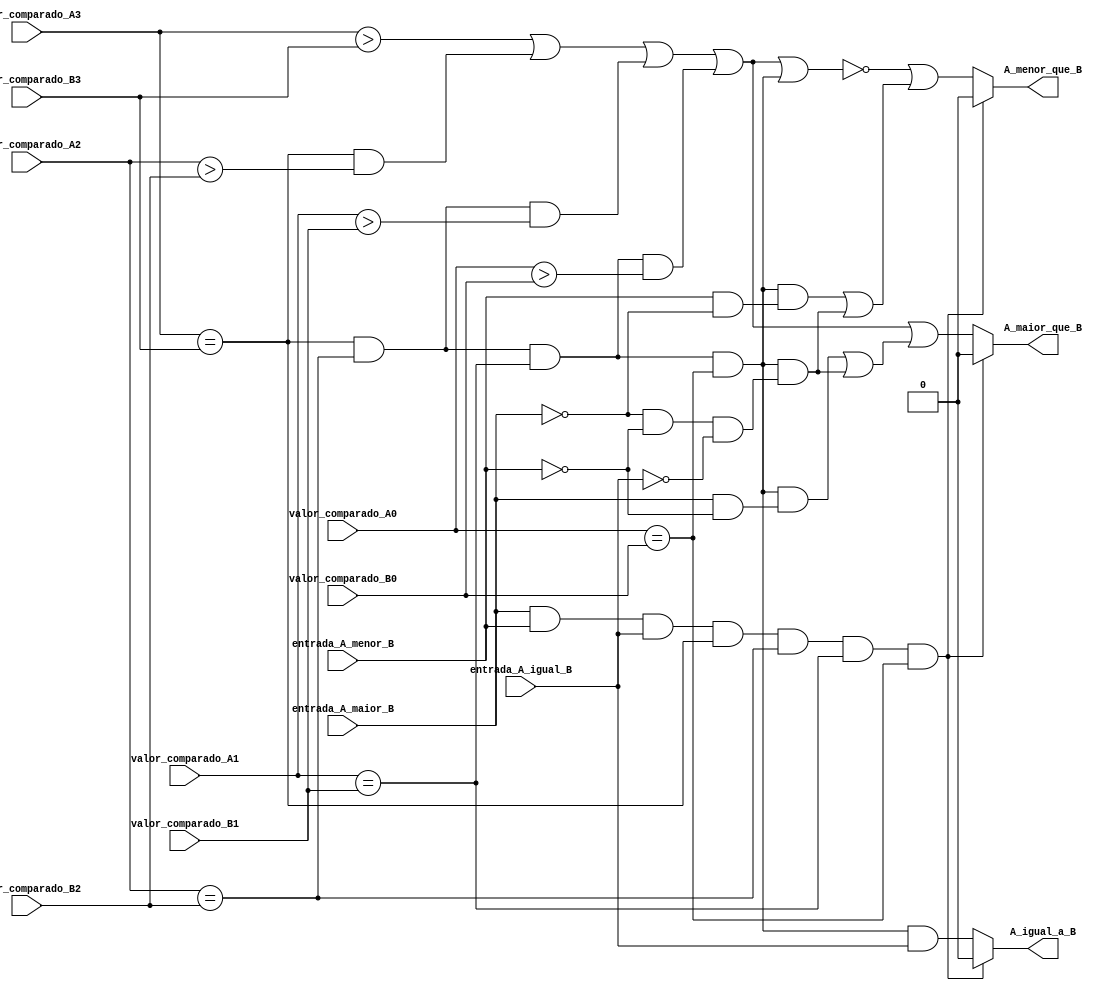
module comparador7485_6 (
    input valor_comparado_A3, valor_comparado_A2, valor_comparado_A1, valor_comparado_A0,
    input valor_comparado_B3, valor_comparado_B2, valor_comparado_B1, valor_comparado_B0,
    input entrada_A_maior_B, entrada_A_menor_B, entrada_A_igual_B,
    output A_maior_que_B, A_menor_que_B, A_igual_a_B
);
    /*fios intermedirios para resultados envolvendo apenas o valor de a e de b sem considerar os bits de cascata*/
    wire a_maior_que_b, a_menor_que_b, a_igual_a_b;
    wire a3_igual_b3, a3_maior_b3, a3_menor_b3;
    wire a2_igual_b2, a2_maior_b2, a2_menor_b2;
    wire a1_igual_b1, a1_maior_b1, a1_menor_b1;
    wire a0_igual_b0, a0_maior_b0, a0_menor_b0;

    /*lgica de comparao de bits de forma respectiva*/
    assign a3_igual_b3 = (valor_comparado_A3 == valor_comparado_B3);
    assign a3_maior_b3 = (valor_comparado_A3 > valor_comparado_B3);
    assign a3_menor_b3 = (valor_comparado_A3 < valor_comparado_B3);

    assign a2_igual_b2 = (valor_comparado_A2 == valor_comparado_B2);
    assign a2_maior_b2 = (valor_comparado_A2 > valor_comparado_B2);
    assign a2_menor_b2 = (valor_comparado_A2 < valor_comparado_B2);

    assign a1_igual_b1 = (valor_comparado_A1 == valor_comparado_B1);
    assign a1_maior_b1 = (valor_comparado_A1 > valor_comparado_B1);
    assign a1_menor_b1 = (valor_comparado_A1 < valor_comparado_B1);

    assign a0_igual_b0 = (valor_comparado_A0 == valor_comparado_B0);
    assign a0_maior_b0 = (valor_comparado_A0 > valor_comparado_B0);
    assign a0_menor_b0 = (valor_comparado_A0 < valor_comparado_B0);
    
    assign a_maior_que_b = a3_maior_b3 | (a3_igual_b3 & a2_maior_b2) | (a3_igual_b3 & a2_igual_b2 & a1_maior_b1) | (a3_igual_b3 & a2_igual_b2 & a1_igual_b1 & a0_maior_b0);
    assign a_igual_a_b = a3_igual_b3 & a2_igual_b2 & a1_igual_b1 & a0_igual_b0;
    assign a_menor_que_b = ~(a_maior_que_b | a_igual_a_b);

    // Verifica se entrada_A_maior_B, entrada_A_menor_B e entrada_A_igual_B esto altos e todos os bits correspondentes de A e B so iguais
    wire erro = entrada_A_maior_B & entrada_A_menor_B & entrada_A_igual_B & a3_igual_b3 & a2_igual_b2 & a1_igual_b1 & a0_igual_b0;

    assign A_maior_que_B = erro ? 0 : (a_maior_que_b | (a_igual_a_b & ((entrada_A_maior_B & ~entrada_A_menor_B)) | a_igual_a_b & (~entrada_A_maior_B & ~entrada_A_menor_B & ~entrada_A_igual_B)));
    assign A_menor_que_B = erro ? 0 : (a_menor_que_b | (a_igual_a_b & ((entrada_A_menor_B & ~entrada_A_maior_B)) | a_igual_a_b & (~entrada_A_maior_B & ~entrada_A_menor_B & ~entrada_A_igual_B)));
    assign A_igual_a_B = erro ? 0 : (a_igual_a_b & entrada_A_igual_B);

endmodule